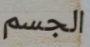
الجسم